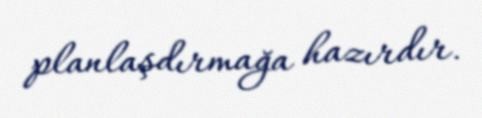
planlaşdırmağa hazırdır.